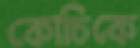
কোচিকে